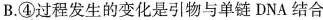
B.④过程发生的变化是引物与单链DNA结合